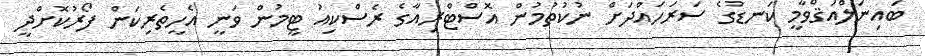
ބައިނަލްއަޤްވާމީ ކަނޑުގެ ސަރަހައްދަށް ނުކުތުމުން އޮސްޓްރިއާގެ ރެސްކިއު ޓީމުން ވަނީ އެހީތެރިކަން ފޯރުކޮށްދީ